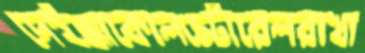
দেইক্কাকোলস্টোরেলরাখা